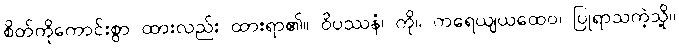
စိတ်ကိုကောင်းစွာ ထားလည်း ထားရာ၏။ ဝိပဿနံ၊ ကို။ ကရေယျယထေဝ၊ ပြုရာသကဲ့သို့။